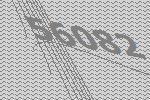
56082